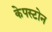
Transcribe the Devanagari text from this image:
केपस्टोन